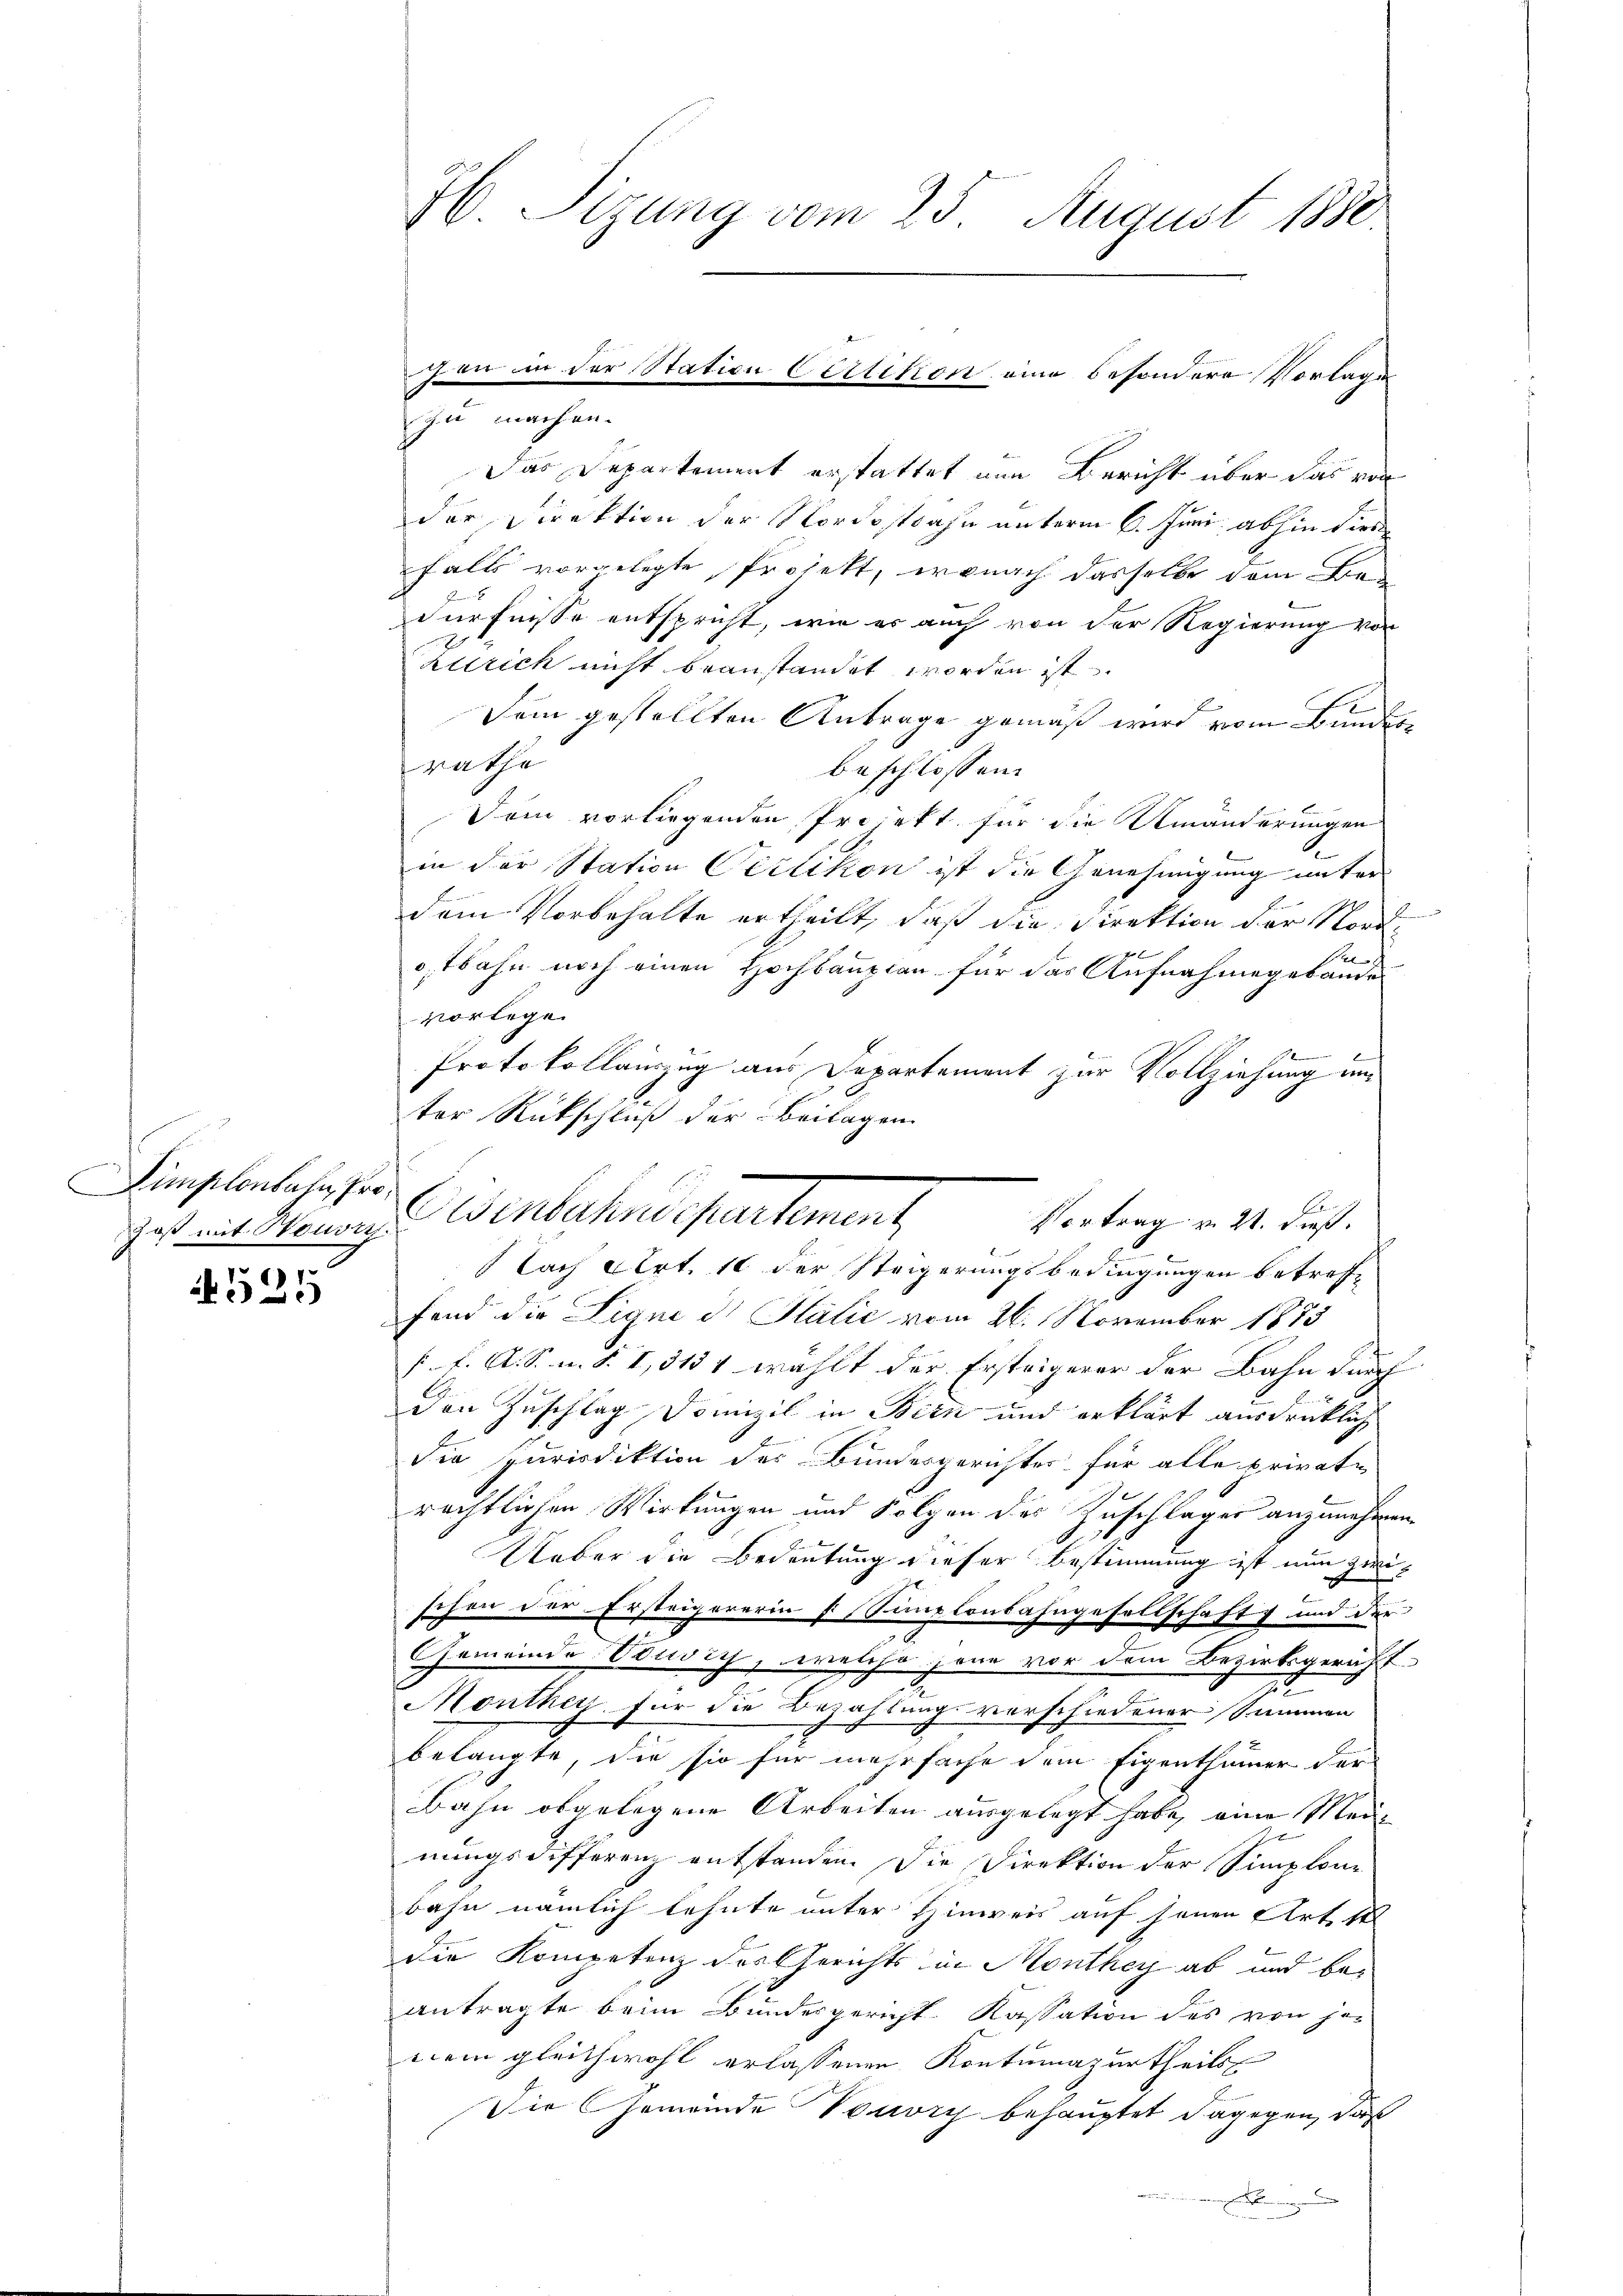
Simplonbahn, Pro
Joß mit Nouvry.

525

H Sitzung vom 25. August 1880

In machen.
Das Departement erstattet nun Bericht über das von
der Direktion der Nordostbahn unterm 6. Juni abhin dies
falls vorgelegte Projekt, wonach dasselbe dem Be
dürfnisse entspricht, wie er auch von der Regierung von
zurich nicht beanstandet worden ist.
Dem gestellten Antrage gemäß wird vom Bundesrathe
beschlossen:
Dem vorliegenden Projekt für die Umänderungen
in der Station Oerlikon ist die Genehmigung unter
dem Vorbehalte ertheilt, daß die Direktion der Nord¬

ostbahn noch einen Hochbauplan für das Aufnahmegebäude
vorlege.
Protokollauszug aus Departement zur Vollziehung unter Rückschluß der Beilagen
Nach Art. 10 der Steigerungsbedingungen betreffe
fand die Signe di Salić vom 26. November 1873
s. f. A. S. u. d. I, 3151 wählt der Erstrigerer der Bahn durch
den Zuschlag Domizil in Bern und erklärt ausdrücklich
die Jurisdiktion des Bundesgerichtes für alle privat-
rächtlichen Wirkungen und Folgen des Zuschlages anzunehmen,
Ueber die Bedeutung dieser Bestimmung ist nun zwischon der Ersteigererin s Simplonsahngesellschaft und der |
GGemeinde Busich, welche jene vor dem Bezirksgericht
Monthey für die Bezahlung verschiedener Summen
belangte, die sie für mehrfache dem Eigenthümer der
Bahn abgelegene Arbeiten ausgelegt habe, eine Meinungsdifferenz entstanden. Die Direktion der Simplone
bahn nämlich lehnte unter Hinweis auf jenen Art. 1
die Kompetenz des Gerichts in Monthey ab und beantragte beim Bundesgericht Kassation des von jenem gleichwohl erlassenen Kontumazurtheils
Die Gemeinde Vouvry behauptet dagegen, daß
e

heur in der Station Certikon eine besondere Vorlage

.
Osenbahndepartement
Vortrag v. 21. dieß.